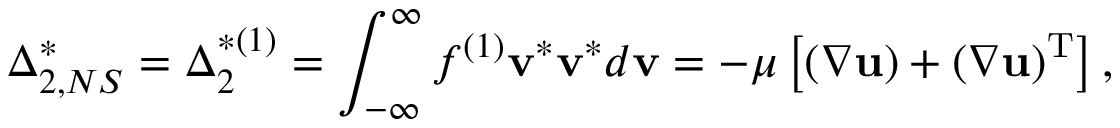
{ \boldsymbol { \Delta } } _ { 2 , N S } ^ { * } = { \boldsymbol { \Delta } } _ { 2 } ^ { * ( 1 ) } = \int _ { - \infty } ^ { \infty } { { f ^ { ( 1 ) } } { { \bf { v } } ^ { * } } { { \bf { v } } ^ { * } } d { \bf { v } } } = - \mu \left[ { \left( { \nabla { \bf { u } } } \right) + { { \left( { \nabla { \bf { u } } } \right) } ^ { \mathrm { { T } } } } } \right] ,